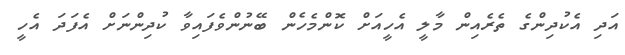
އަދި އެކުދިންގެ ތެރެއިން މާލީ އެހީއަށް ކޮންމެހެން ބޭނުންވެފައިވާ ކުދިންނަށް އެފަދަ އެހީ